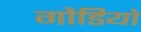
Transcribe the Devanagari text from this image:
गौडियो